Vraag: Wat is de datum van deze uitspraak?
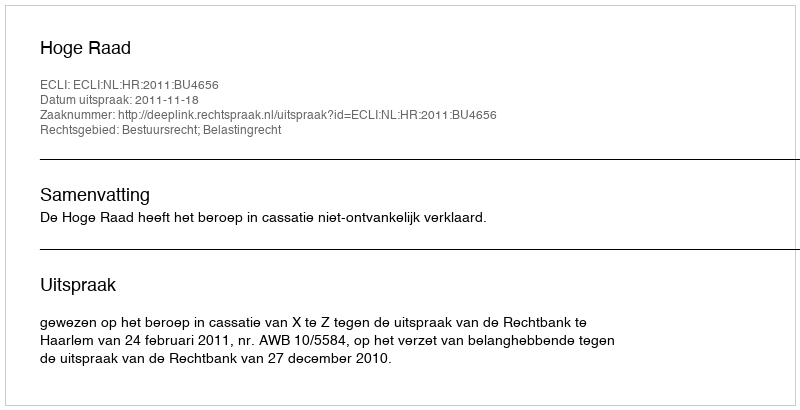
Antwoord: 2011-11-18